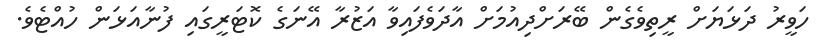
ހަވީރު ދަޅަޔަށް ރީތިވެގެން ބޭރަށްދިއުމަށް އާދަވެފައިވާ އަޒުރާ އޭނަގެ ކޮޓަރީގައި ފުނާއަޅަން ހުއްޓެވެ.